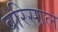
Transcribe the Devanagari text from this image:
बरिसाल